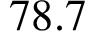
7 8 . 7